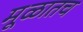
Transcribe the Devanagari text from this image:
मूळातच